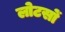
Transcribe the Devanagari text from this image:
लोटसों